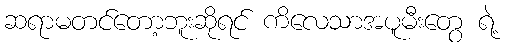
ဆရာမတင်တော့ဘူးဆိုရင် ကိလေသာအပူမီးတွေ ရဲ့